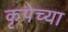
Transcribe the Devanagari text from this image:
कृपेच्या